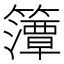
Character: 𮆨